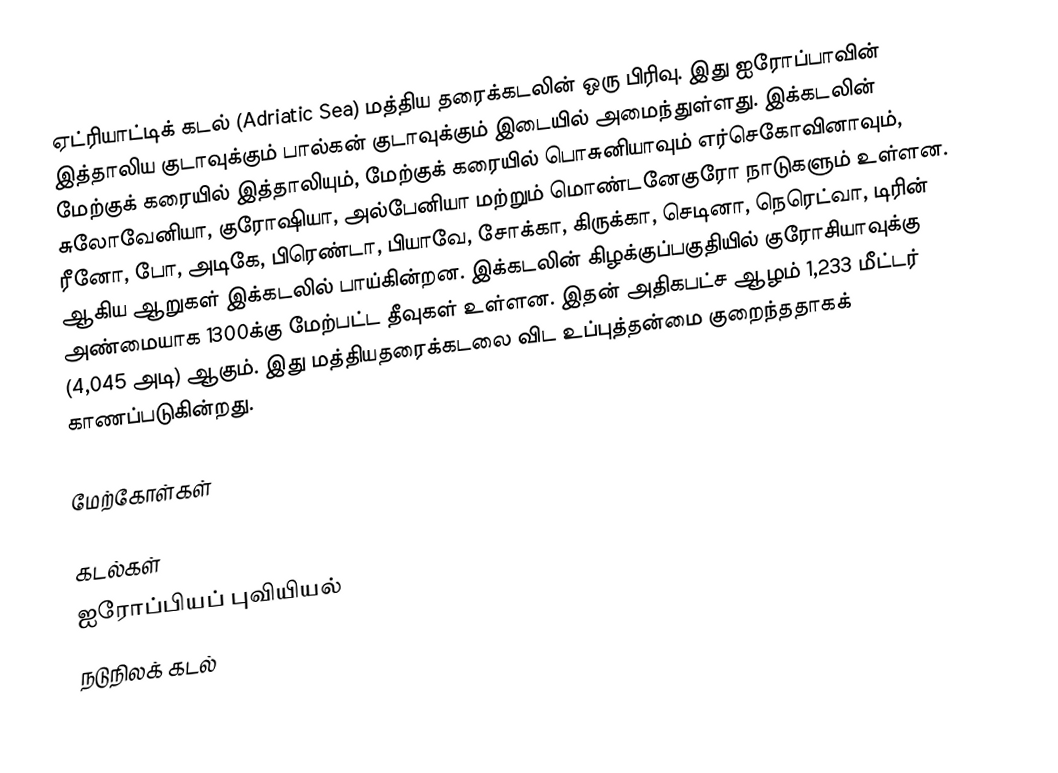
ஏட்ரியாட்டிக் கடல் (Adriatic Sea) மத்திய தரைக்கடலின் ஒரு பிரிவு. இது ஐரோப்பாவின் இத்தாலிய குடாவுக்கும் பால்கன் குடாவுக்கும் இடையில் அமைந்துள்ளது. இக்கடலின் மேற்குக் கரையில் இத்தாலியும், மேற்குக் கரையில் பொசுனியாவும் எர்செகோவினாவும், சுலோவேனியா, குரோஷியா, அல்பேனியா மற்றும் மொண்டனேகுரோ நாடுகளும் உள்ளன. ரீனோ, போ, அடிகே, பிரெண்டா, பியாவே, சோக்கா, கிருக்கா, செடினா, நெரெட்வா, டிரின் ஆகிய ஆறுகள் இக்கடலில் பாய்கின்றன. இக்கடலின் கிழக்குப்பகுதியில் குரோசியாவுக்கு அண்மையாக 1300க்கு மேற்பட்ட தீவுகள் உள்ளன. இதன் அதிகபட்ச ஆழம் 1,233 மீட்டர் (4,045 அடி) ஆகும். இது மத்தியதரைக்கடலை விட உப்புத்தன்மை குறைந்ததாகக் காணப்படுகின்றது.

மேற்கோள்கள்

கடல்கள்
ஐரோப்பியப் புவியியல்
நடுநிலக் கடல்